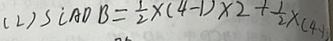
( 2 ) S \angle A D B = \frac { 1 } { 2 } \times ( 4 - 1 ) \times 2 + \frac { 1 } { 2 } \times ( 4 - 1 )